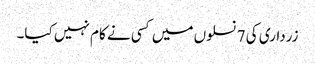
زرداری کی 7 نسلوں میں کسی نے کام نہیں کیا۔